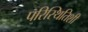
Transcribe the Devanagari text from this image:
परिस्थितिशी